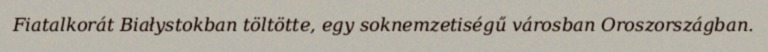
Fiatalkorát Białystokban töltötte, egy soknemzetiségű városban Oroszországban.